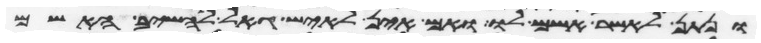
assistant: ונתן לאשר אשם לו ואם אין לאיש גאל להשיב האשם